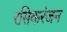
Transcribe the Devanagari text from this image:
रसिकरंजन